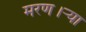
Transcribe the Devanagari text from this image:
मरण।ऱ्या